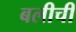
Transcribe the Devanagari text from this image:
बलीची